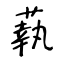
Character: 蓻